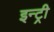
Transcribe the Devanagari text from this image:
इन्ट्री